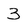
Character: 3